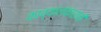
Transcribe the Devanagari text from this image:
काव्यालंकारांनी